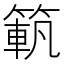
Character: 𥱍